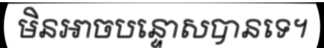
មិនអាចបន្ទោសបានទេ។